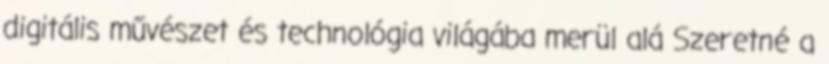
digitális művészet és technológia világába merül alá Szeretné a